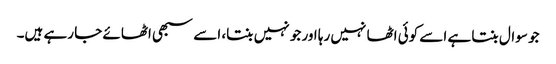
جو سوال بنتا ہے اسے کوئی اٹھا نہیں رہا اور جو نہیں بنتا، اسے سبھی اٹھائے جا رہے ہیں۔